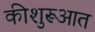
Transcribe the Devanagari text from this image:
कीशुरूआत